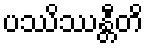
ပဿိဿန္တီတိ